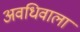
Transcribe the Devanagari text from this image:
अवधिवाला